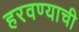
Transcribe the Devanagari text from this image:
हरवण्याची